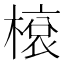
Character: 𬄓